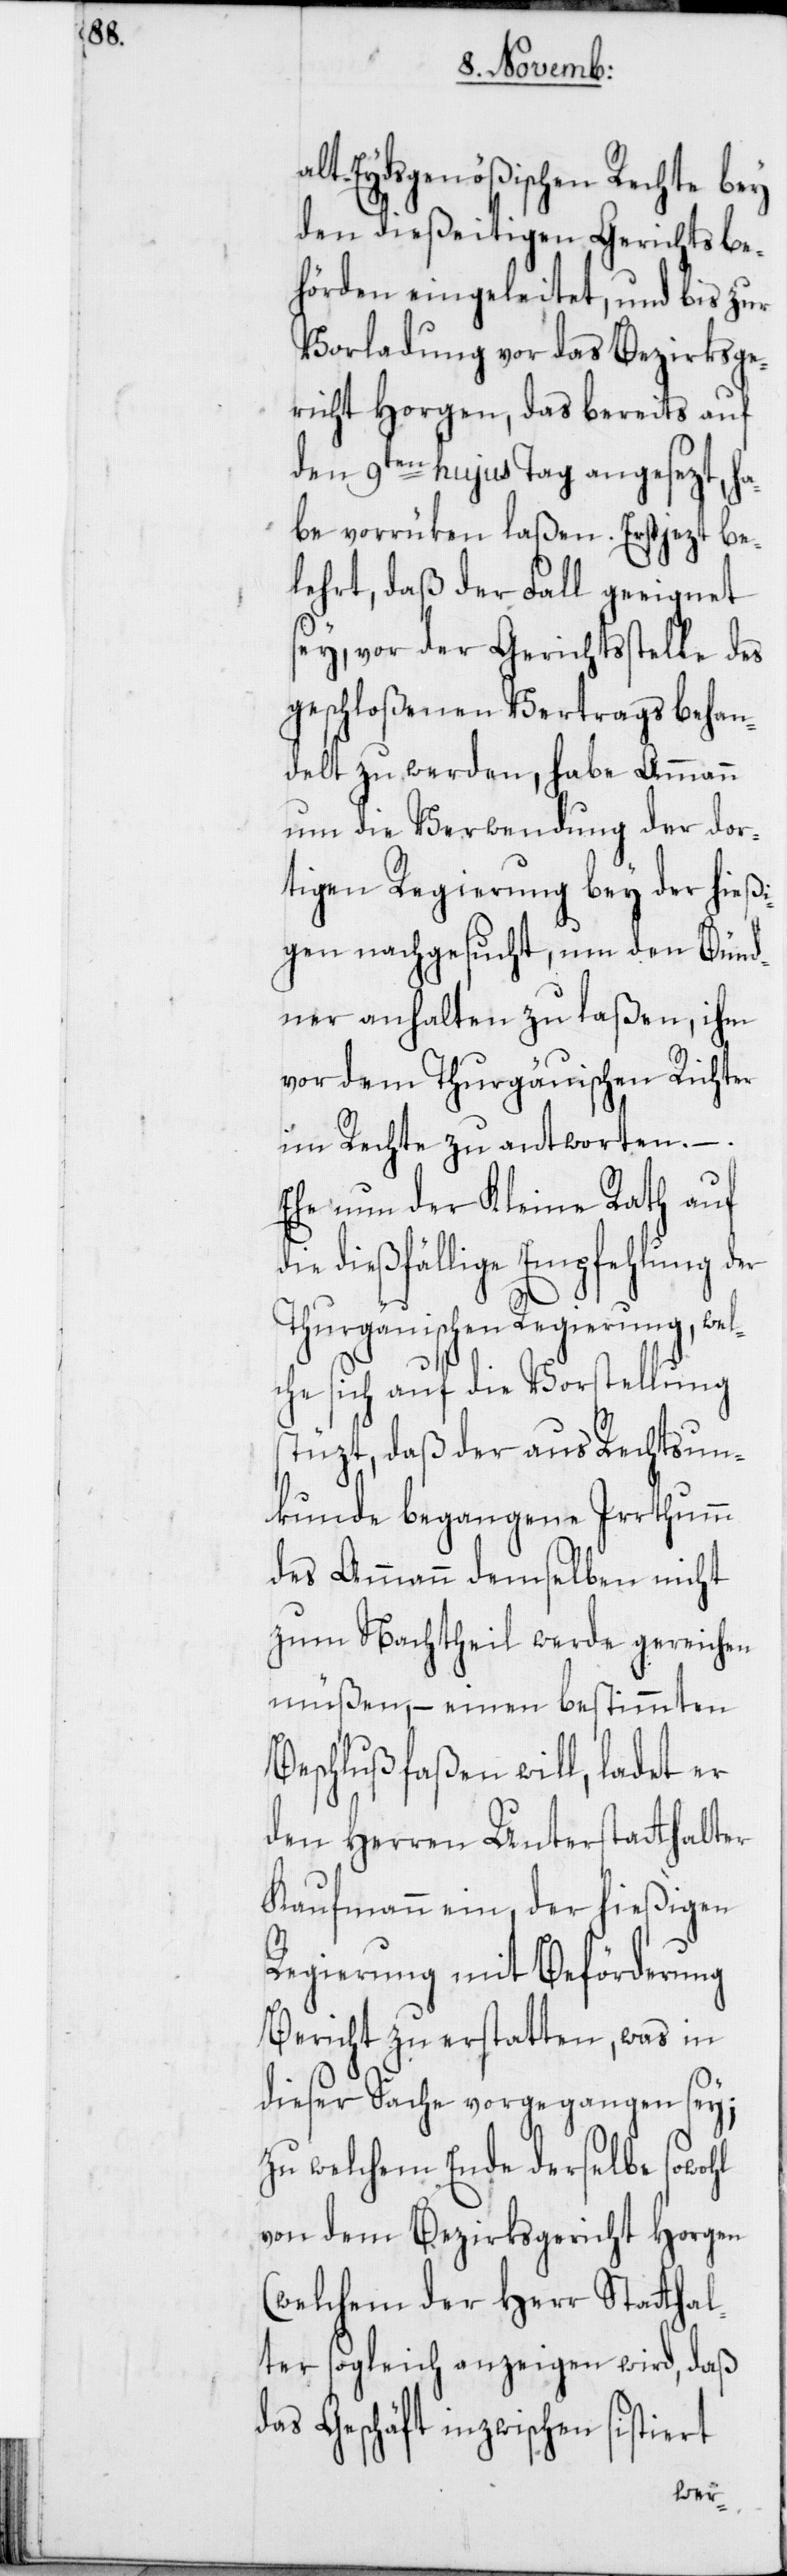
alt-Eydsgenößischen Rechte bey
den dießeitigen Gerichtsbe¬
hörden eingeleitet, und bis zur
Vorladung vor das Bezirksge¬
richt Horgen, das bereits auf
den 9ten hujus Tag angesezt, ha¬
be vorrüken laßen. Erst jezt be¬
lehrt, daß der Fall geeignet
sey, vor der Gerichtsstelle des
geschloßenen Vertrags behan¬
delt zu werden, habe Ammann
um die Verwendung der dor¬
tigen Regierung bey der hießi¬
gen nachgesucht, um den Bünd¬
ner anhalten zu laßen, ihm
vor dem Thurgäuischen Richter
im Rechte zu antworten. –.
Ehe nun der Kleine Rath auf
dießfällige Empfehlung der
Thurgäuischen Regierung, wel¬
che sich auf die Vorstellung
stüzt, daß der aus Rechtsun¬
kunde begangene Irrthumm
des Ammann demselben nicht
zum Nachtheil werde gereichen
müßen, einen bestimmten
Beschluß faßen will, ladet er
den Herren Unterstatthalter
Kaufmann ein, der hießigen
Regierung mit Beförderung
Bericht zu erstatten, was in
dieser Sache vorgegangen sey;
zu welchem Ende derselbe sowohl
von dem Bezirksgericht Horgen
(welchem der Herr Statthal¬
ter sogleich anzeigen wird, daß
das Geschäft inzwischen sistiert